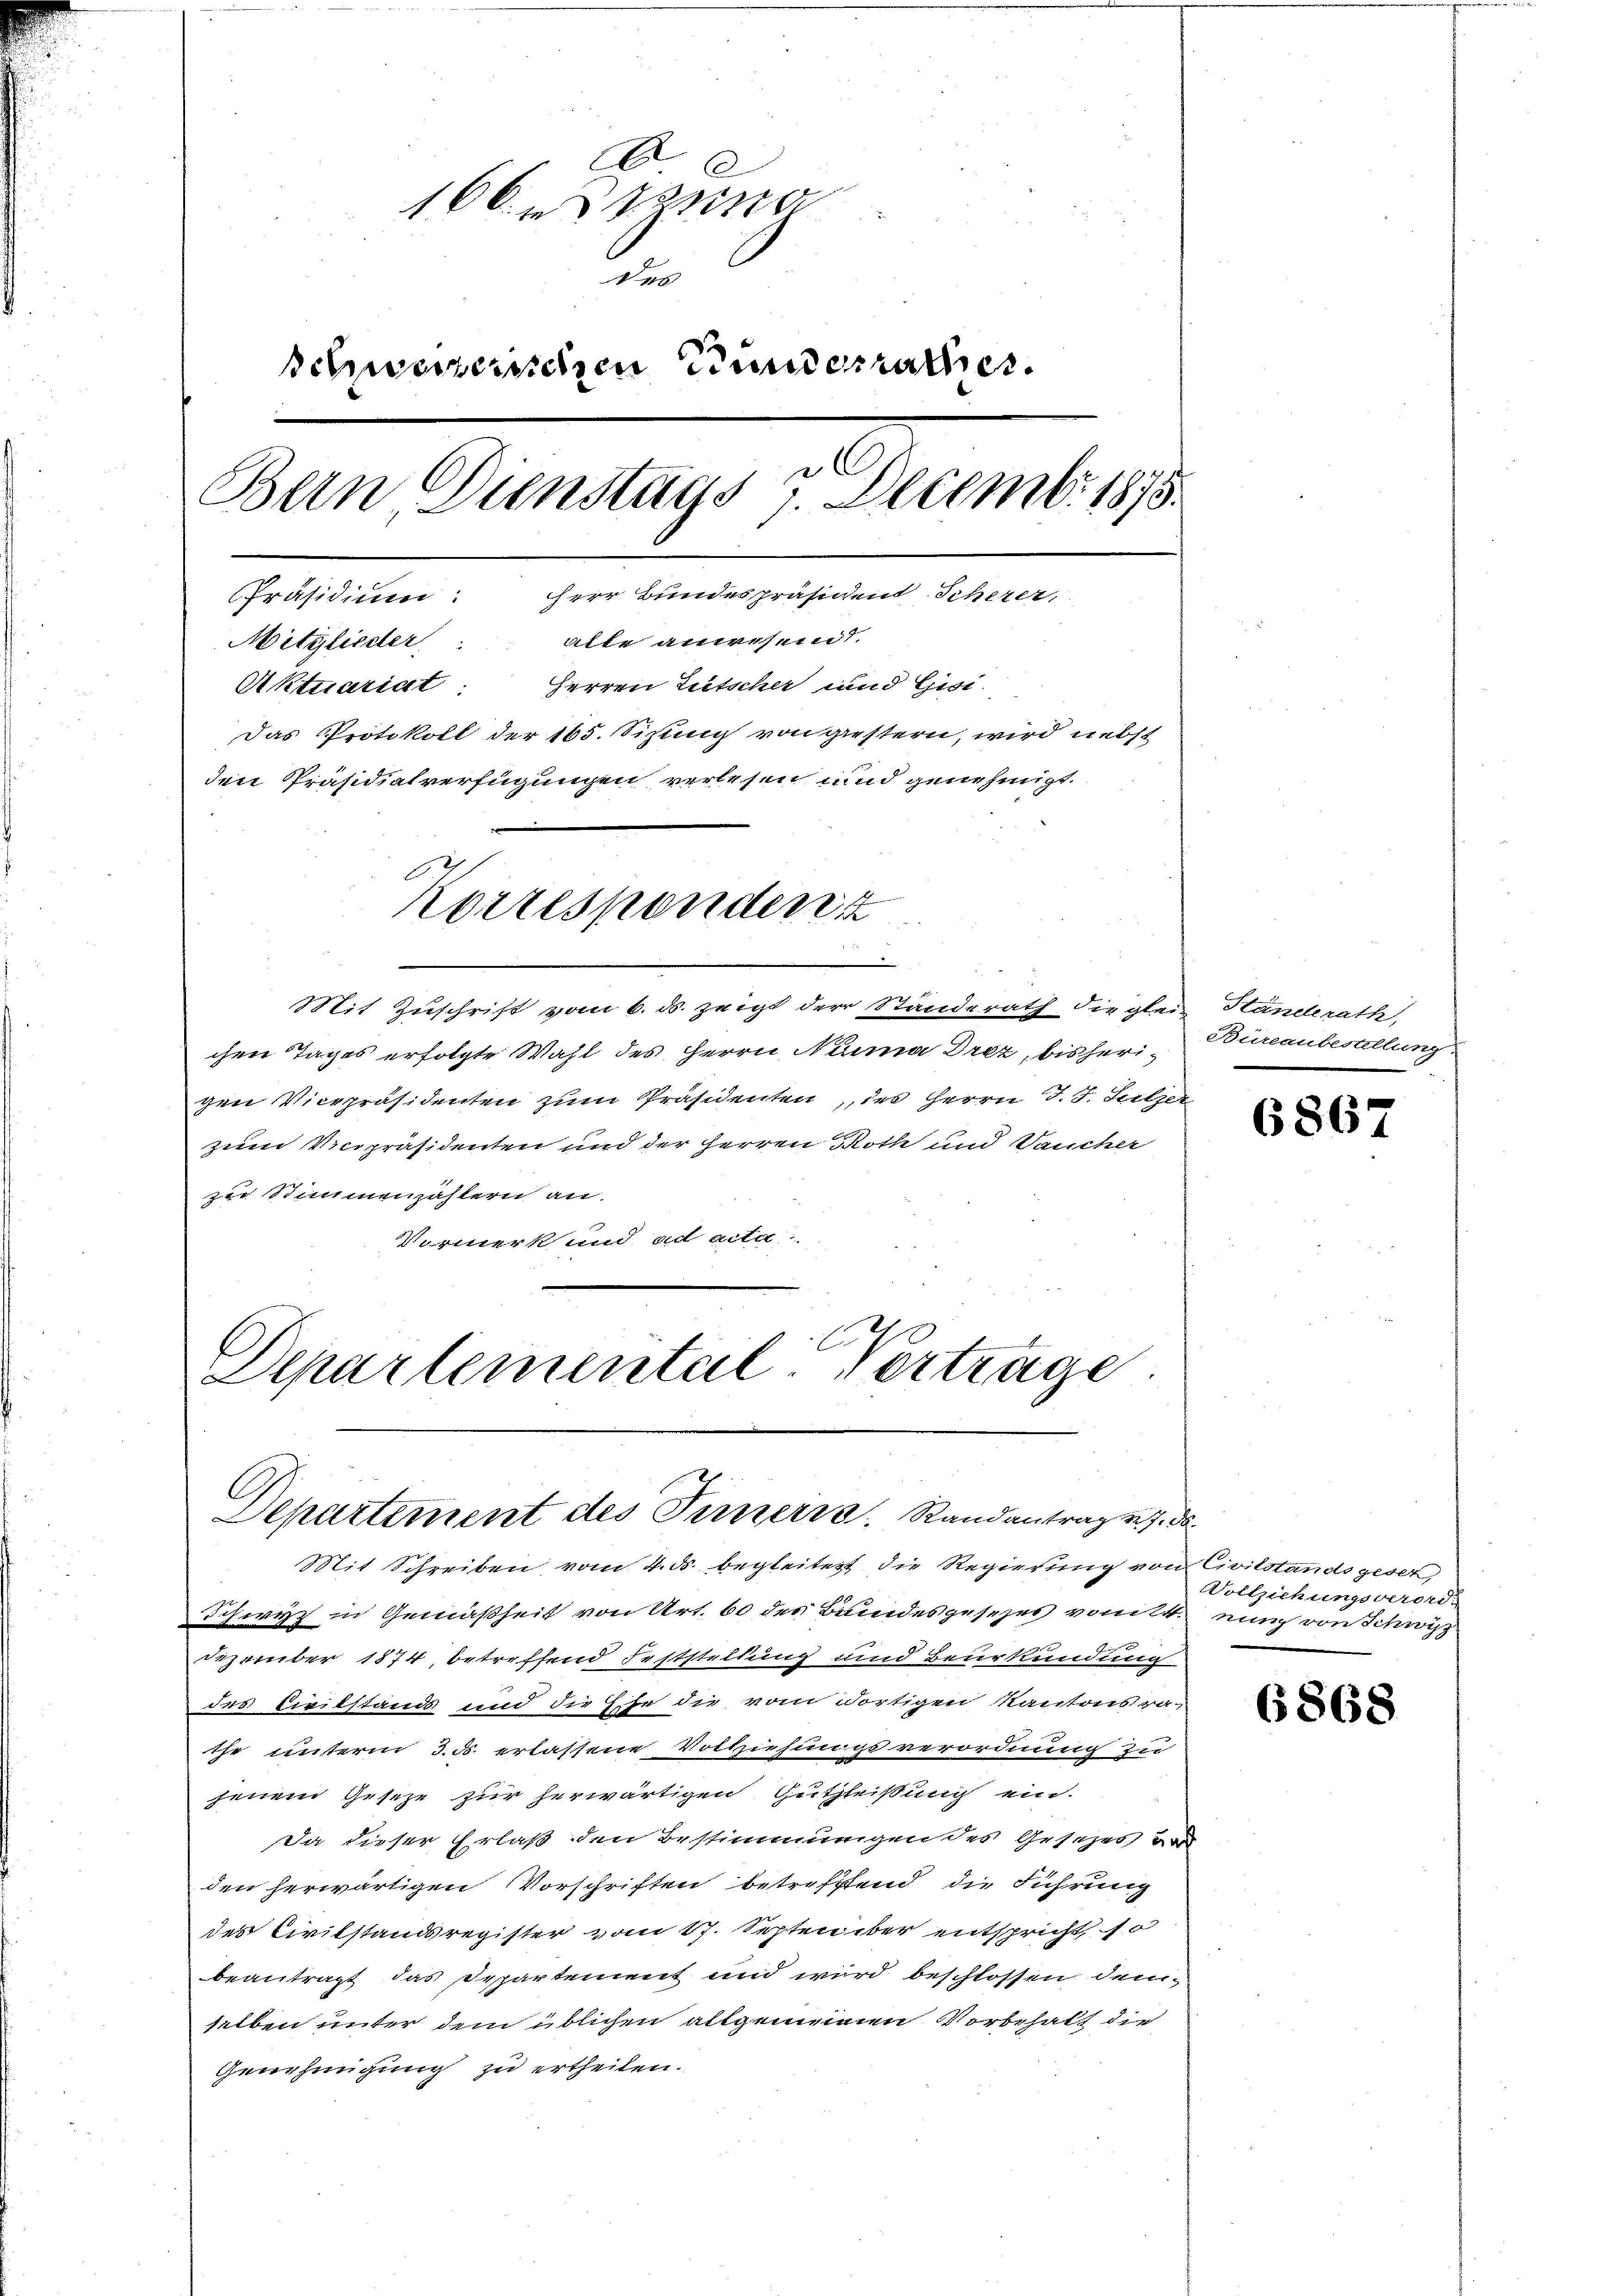
A
166. eing
des
schweizerischen Bundesrathes.
Bern Dienstags 7. Decemb. 1875.
Präsidium: Herr Bundespräsident Scherer,
alte anwesend.
Mitglieder
Aktuariat: Herren Litscher und Gisi-
Das Protokoll der 165. Sizung von giestern, wird nebst
den Präsidiatverfügungen verlesen und genehmigt.
b
Korresponders

.

Mit Zuschrift vom 6. ds. zeigt der Standerath die glein Handerath,
chen Tages erfolgte Wahl des Herrn Nenna Drez, bisherigen Vicepräsidenten zum Präsidenten, des Herrn J. J. Sulzer
zum Verpräsidenten und der Herren Noth und Vaucher
zu Stimmenzählern an.
Vormerk und ad acta
Departemental Verträge

Departement des Turneris, Randantragen, da

Mit Schreiben vom 4. ds. begleitert die Regierung von Civilstands geset
Schwyz in Gemäßheit von Art. 60 des Bundesgesezes vom 4. eing von Schwyz
Dezember 1874, betreffend Feststellung und Beurkundung
des Civilstand und die Eise die vom dortigen Kantonsrathe unterm 3. ds. erlassene Vollziehungsverordnung zu
jenem Gesetze für herwärtigen Guthleißung ein-
Da dieser Erlaß den Bestimmungen des Gesezes vor
den herwärtigen Vorschriften betreffend die Führung
des Civilstandsregister vom 17. Septen über entspricht so
beantragt das Departement und wird beschlossen demselben unter dem üblichen allgemeinen Vorbehalt die
Genehmigung zu ertheilen.

Büreauberallung

6867

Vollziehungsverord.

6868